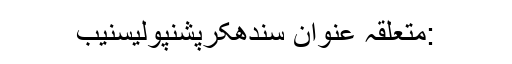
:متعلقہ عنوان سندھکرپشنپولیسنیب